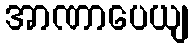
အာဏာပေယျ